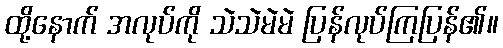
ထို့နောက် အလုပ်ကို သဲသဲမဲမဲ ပြန်လုပ်ကြပြန်၏။